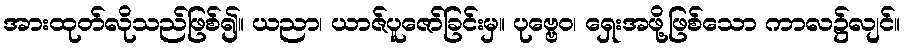
အားထုတ်လိုသည်ဖြစ်၍။ ယညာ၊ ယာဇ်ပူဇော်ခြင်းမှ။ ပုဗ္ဗေဝ၊ ရှေးအဖို့ဖြစ်သော ကာလ၌လျင်။